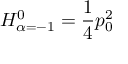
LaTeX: { \cal H } _ { \alpha = - 1 } ^ { 0 } = { \frac { 1 } { 4 } } p _ { 0 } ^ { 2 }